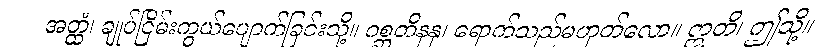
အတ္ထံ၊ ချုပ်ငြိမ်းကွယ်ပျောက်ခြင်းသို့။ ဂစ္ဆတိနနု၊ ရောက်သည်မဟုတ်လော။ ဣတိ၊ ဤသို့။